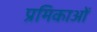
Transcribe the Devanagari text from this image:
प्रमिकाओं